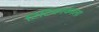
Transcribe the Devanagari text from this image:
टिटिकाकाला